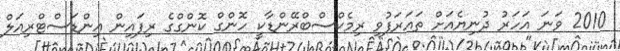
2010 ވަނަ އަހަރު ދުނިޔެއަށް ތައަރަފުވި ރިމެކްސްބްރޭންޑާކީ ހޮންގް ކޮންގްގެ ރިފައިން އިންޑަސްޓްރިއަލް